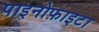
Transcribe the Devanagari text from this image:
पाइनोफ़ाइटा